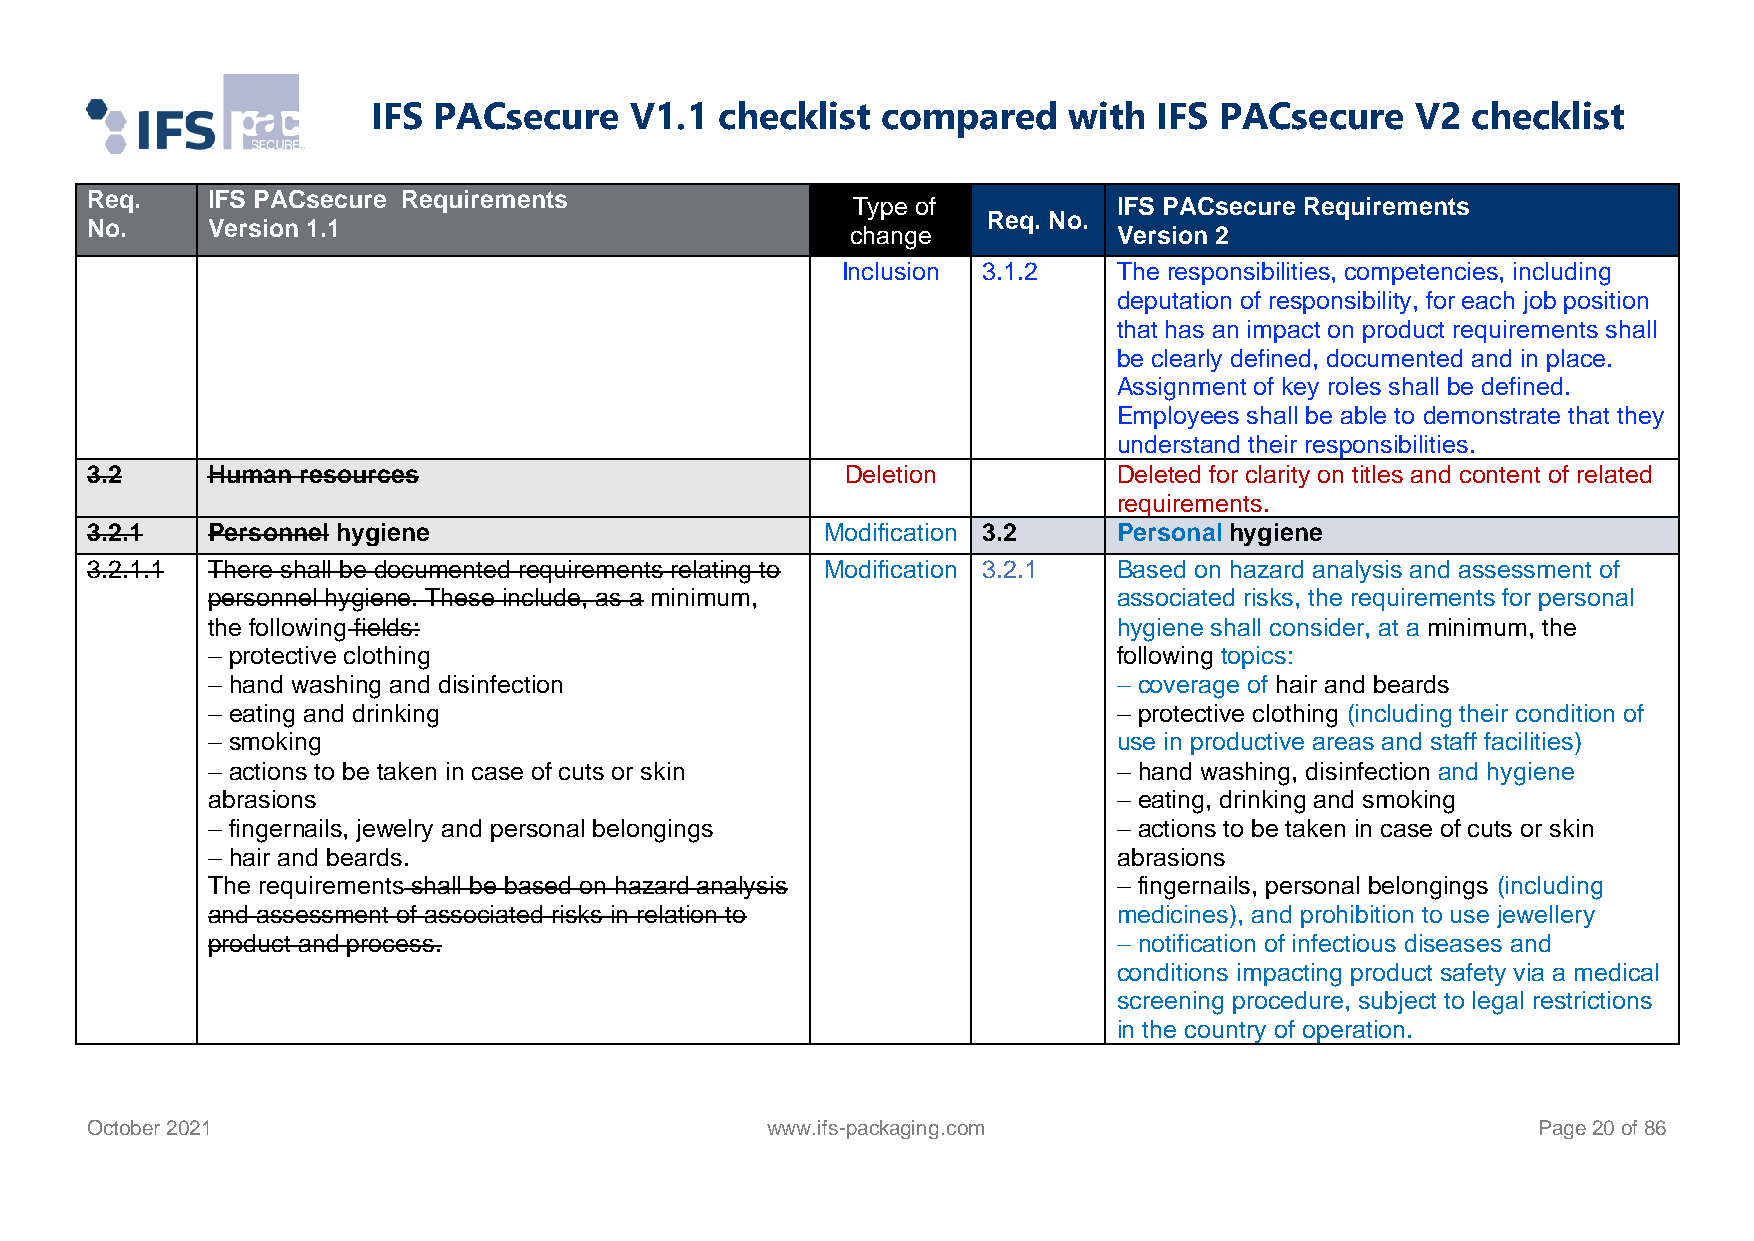
IFS PACsecure    V1.1  checklist compared     with  IFS PACsecure    V2 checklist
 Req.    IFS PACsecure Requirements
 Type of           IFS PACsecure Requirements
 Req. No.
 No.     Version 1.1                               change            Version 2
 Inclusion 3.1.2   The responsibilities, competencies, including
 deputation of responsibility, for each job position
 that has an impact on product requirements shall
 be clearly defined, documented and in place.
 Assignment of key roles shall be defined.
 Employees shall be able to demonstrate that they
 understand their responsibilities.
 3.2     Human resources                           Deletion          Deleted for clarity on titles and content of related
 requirements.
 3.2.1   Personnel hygiene                        Modification 3.2   Personal hygiene
 3.2.1.1 There shall be documented requirements relating to Modification 3.2.1 Based on hazard analysis and assessment of
 personnel hygiene. These include, as a minimum,             associated risks, the requirements for personal
 the following fields:                                       hygiene shall consider, at a minimum, the
 – protective clothing                                       following topics:
 – hand washing and disinfection                             – coverage of hair and beards
 – eating and drinking                                       – protective clothing (including their condition of
 – smoking                                                   use in productive areas and staff facilities)
 – actions to be taken in case of cuts or skin               – hand washing, disinfection and hygiene
 abrasions                                                   – eating, drinking and smoking
 – fingernails, jewelry and personal belongings              – actions to be taken in case of cuts or skin
 – hair and beards.                                          abrasions
 The requirements shall be based on hazard analysis          – fingernails, personal belongings (including
 and assessment of associated risks in relation to           medicines), and prohibition to use jewellery
 product and process.                                        – notification of infectious diseases and
 conditions impacting product safety via a medical
 screening procedure, subject to legal restrictions
 in the country of operation.
 October 2021                                 www.ifs-packaging.com                              Page 20 of 86